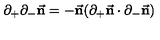
\partial _ { + } \partial _ { - } { \vec { \bf n } } = - { \vec { \bf n } } ( \partial _ { + } { \vec { \bf n } } \cdot \partial _ { - } { \vec { \bf n } } )